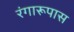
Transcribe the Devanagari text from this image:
रंगारूपास